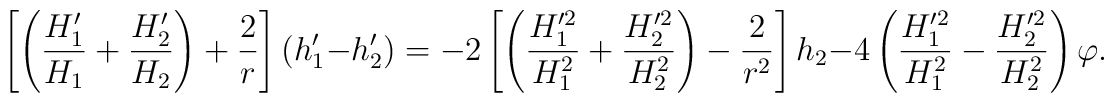
\left[\left( {H_1' \over H_1} + {H_2' \over H_2} \right ) + {2 \over r} \right ] (h_1' -h_2') =      -2 \left[\left( {H_1'^2 \over H_1^2} + {H_2'^2 \over H_2^2} \right )       -{2 \over r^2} \right] h_2 -    4 \left( {H_1'^2 \over H_1^2} - {H_2'^2 \over H_2^2} \right ) \varphi .